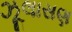
ઝૂલાસણ